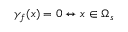
\gamma _ { f } ( \boldsymbol { x } ) = 0 \leftrightarrow \boldsymbol { x } \in \Omega _ { s }